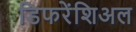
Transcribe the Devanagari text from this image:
डिफरेंशिअल